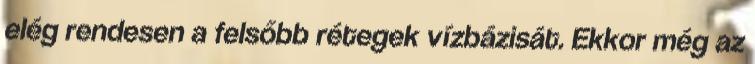
elég rendesen a felsőbb rétegek vízbázisát. Ekkor még az